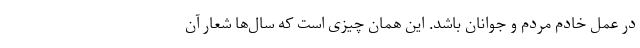
در عمل خادم مردم و جوانان باشد. این همان چیزی است که سال‌ها شعار آن